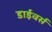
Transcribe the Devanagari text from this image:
डाईवर्स